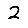
Digit: 2